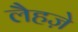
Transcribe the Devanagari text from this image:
लैहज़े